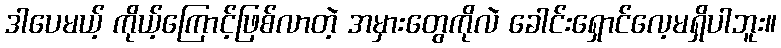
ဒါပေမယ့် ကိုယ့်ကြောင့်ဖြစ်လာတဲ့ အမှားတွေကိုလဲ ခေါင်းရှောင်လေ့မရှိပါဘူး။